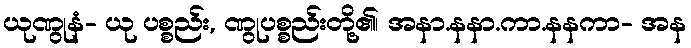
ယုဏွုနံ- ယု ပစ္စည်း, ဏွုပစ္စည်းတို့၏၊ အနာ.နနာ.ကာ.နနကာ- အန